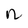
Character: n